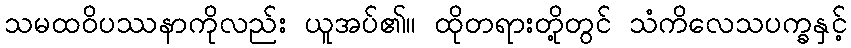
သမထဝိပဿနာကိုလည်း ယူအပ်၏။ ထိုတရားတို့တွင် သံကိလေသပက္ခနှင့်